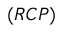
( R C P )